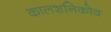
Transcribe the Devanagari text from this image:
कालशनिकोव